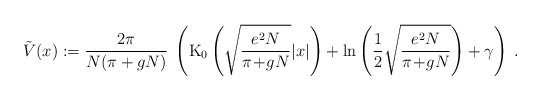
\begin{align*}\tilde{V}(x) :=\frac{2\pi}{N(\pi + gN)} \;\left(\mbox{K}_0\left(\sqrt{\frac{e^2 N}{\pi\!+\!gN}} |x|\right)+ \ln\left(\frac{1}{2}\sqrt{\frac{e^2 N}{\pi\!+\!gN}}\right)+\gamma\right) \; .\end{align*}